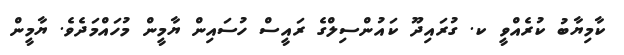
ކާމިޔާބު ކުރެއްވީ ކ. ގުރައިދޫ ކައުންސިލްގެ ރައީސް ހުސައިން ޔާމީން މުހައްމަދެވެ. ޔާމީން